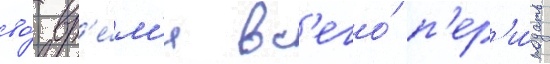
во́ вр'е́м'я вс'его́ п'ер'и́ода